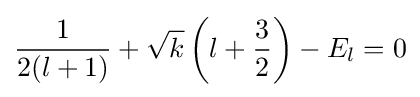
{\frac {1}{2(l+1)}}+{\sqrt {k}}\left(l+{\frac {3}{2}}\right)-E_{l}=0